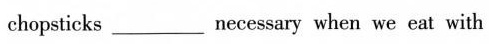
chopsticks _necessary when we eat with